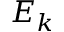
E _ { k }